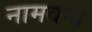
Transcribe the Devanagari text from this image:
नामवन्त